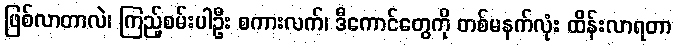
ဖြစ်လာတာလဲ၊ ကြည့်စမ်းပါဦး စကားလက်၊ ဒီကောင်တွေကို တစ်မနက်လုံး ထိန်းလာရတာ